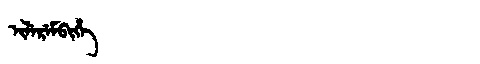
Manchu: ᡳᠯᡝᡵᡝᠮᠪᡳᡥᡝ
Romanization: ILEREMBIHE